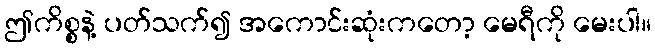
ဤကိစ္စနဲ့ ပတ်သက်၍ အကောင်းဆုံးကတော့ မေရီကို မေးပါ။